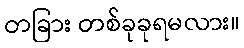
တခြား တစ်ခုခုရမလား။